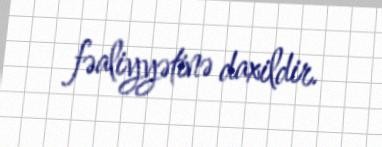
fəaliyyətinə daxildir.